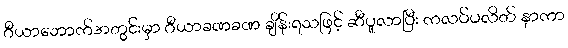
ဂီယာဘောက်အတွင်းမှာ ဂီယာခဏခဏ ချိန်းရသဖြင့် ဆီပူလာပြီး ကလပ်ပလိတ် နာကာ